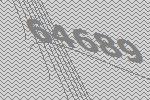
64689